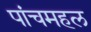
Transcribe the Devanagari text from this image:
पांचमहल